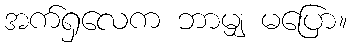
အက်ရှလေက ဘာမျှ မပြော။